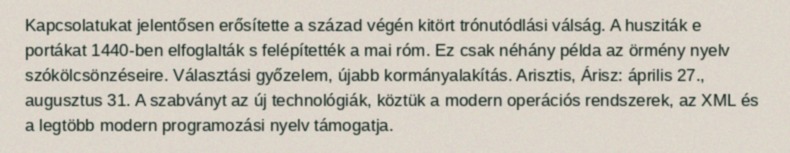
Kapcsolatukat jelentősen erősítette a század végén kitört trónutódlási válság. A husziták e portákat 1440-ben elfoglalták s felépítették a mai róm. Ez csak néhány példa az örmény nyelv szókölcsönzéseire. Választási győzelem, újabb kormányalakítás. Arisztis, Árisz: április 27., augusztus 31. A szabványt az új technológiák, köztük a modern operációs rendszerek, az XML és a legtöbb modern programozási nyelv támogatja.